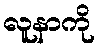
လူနာကို